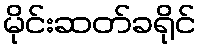
မိုင်းဆတ်ခရိုင်